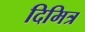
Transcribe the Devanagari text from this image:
दिमित्र